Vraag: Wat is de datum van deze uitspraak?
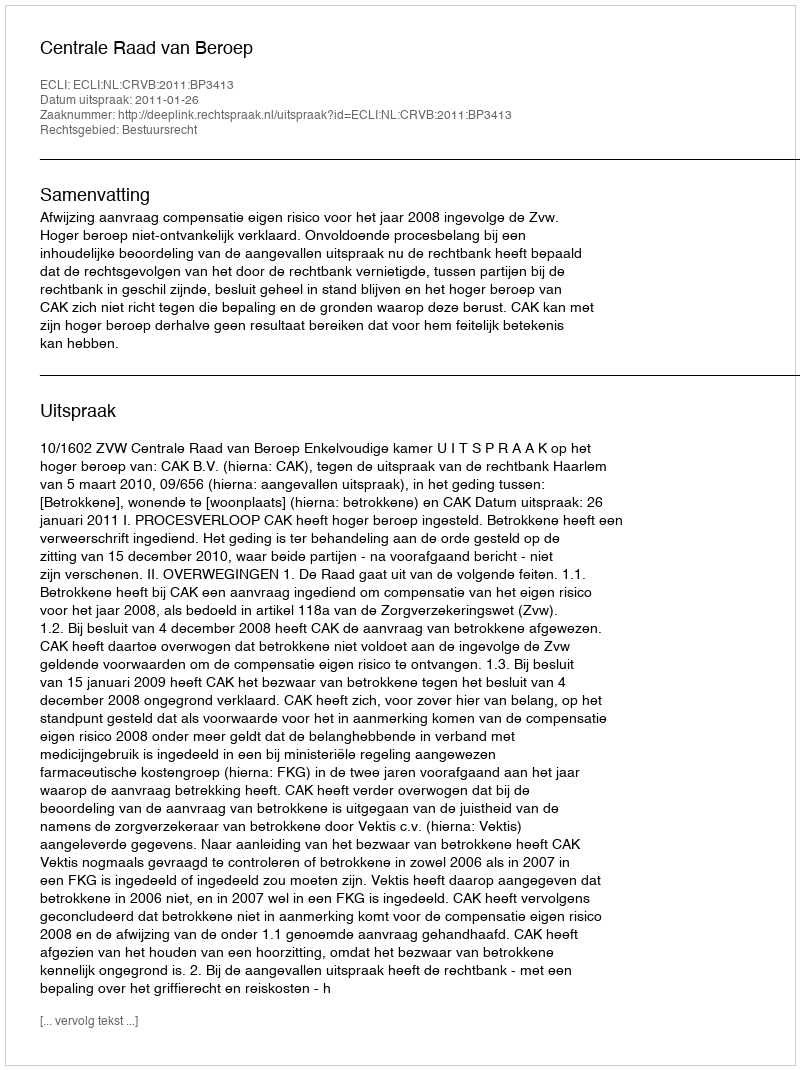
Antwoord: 2011-01-26